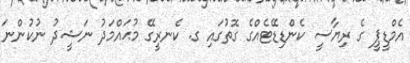
އެމްޑީޕީ ގެ ރިޔާސީ ކެންޑިޑޭޓެއްގެ ގޮތުގައި ގ. ކެެނރީގޭ މުޙައްމަދު ނަޝީދު ނުކުންނަ